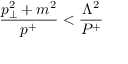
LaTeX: { \frac { p _ { \perp } ^ { 2 } + m ^ { 2 } } { p ^ { + } } } < { \frac { \Lambda ^ { 2 } } { P ^ { + } } }